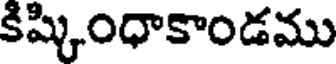
కిష్కింధాకాండము